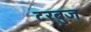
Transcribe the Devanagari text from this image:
टरबुज